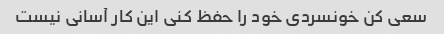
سعی کن خونسردی خود را حفظ کنی این کار آسانی نیست